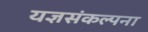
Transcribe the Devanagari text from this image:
यज्ञसंकल्पना